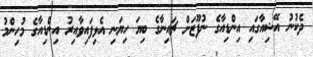
ދެކުނު އޭޝިއާގައި އިންޑިއާގެ ނުފޫޒަށް ޗައިނާގެ ބިޔަ ހިޔަނި އެޅިފައިވާއިރު އިންޑިއާގެ މުހިންމު